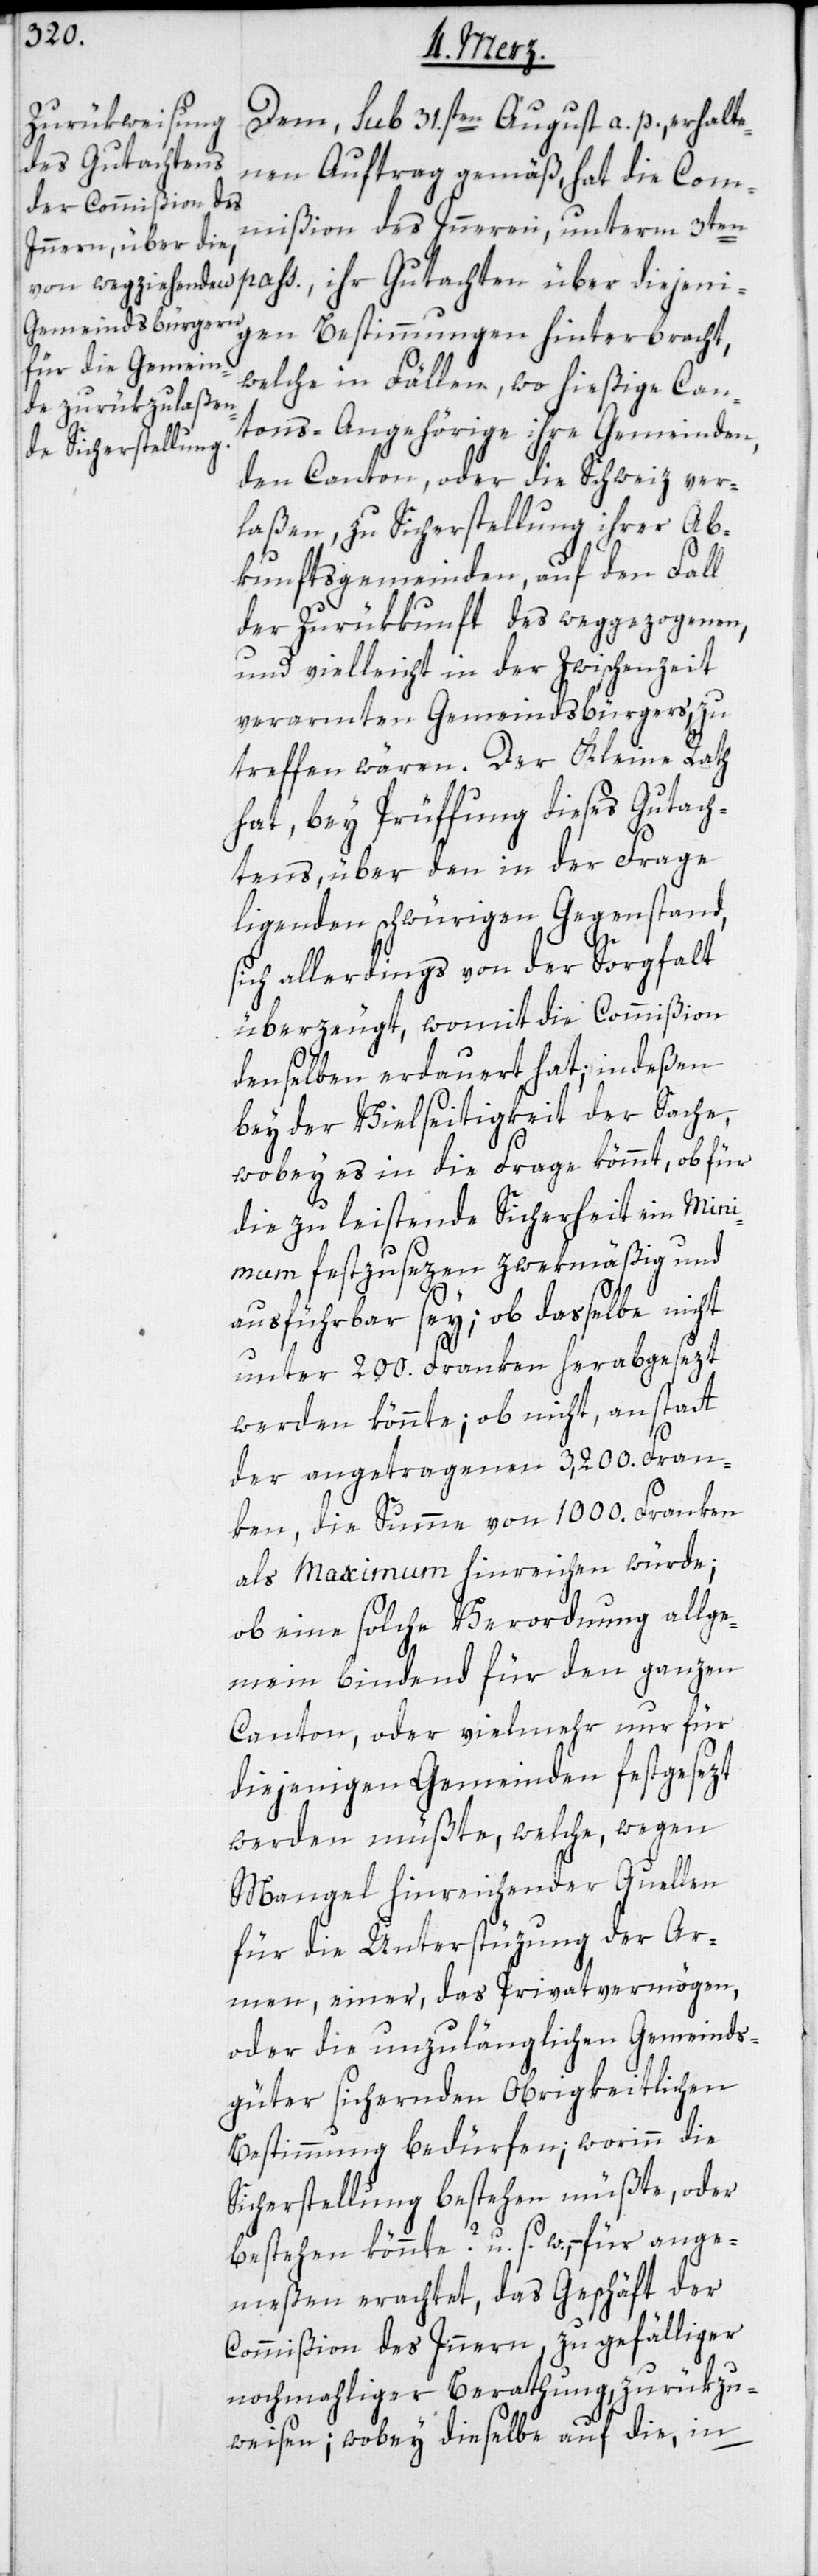
Dem, sub 31.sten August a. p., erhalte¬
nen Auftrag gemäß, hat die Com¬
mißion des Inneren, unterm 3ten
pass., ihr Gutachten über diejeni¬
gen Bestimmungen hinterbracht,
welche in Fällen, wo hießige Can¬
tons-Angehörige ihre Gemeinden,
den Canton, oder die Schweiz ver¬
laßen, zu Sicherstellung ihrer Ab¬
kunftsgemeinden, auf den Fall
der Zurükkunft des weggezogenen,
und vielleicht in der Zwischenzeit
verarmten Gemeindsbürgers, zu
treffen wären. Der Kleine Rath
hat bey Prüffung dieses Gutach¬
tens, über den in der Frage
liegenden schwürigen Gegenstand,
sich allerdings von der Sorgfalt
überzeugt, womit die Commißion
denselben erdauert hat; indeßen
bey der Vielseitigkeit der Sache,
wobey es in die Frage kömmt, ob für
die zu leistende Sicherheit ein Mini¬
mum festzusezen zwekmäßig und
ausführbar sey; ob dasselbe nicht
unter 200. Franken herabgesezt
werden könnte; ob nicht, anstatt
der angetragenen 3,200. Fran¬
ken, die Summe von 1000. Franken
als Maximum hinreichen würde;
ob eine solche Verordnung allge¬
mein bindend für den ganzen
Canton, oder vielmehr nur für
diejenigen Gemeinden festgesezt
werden müßte, welche wegen
Mangel hinreichender Quellen
für die Unterstüzung der Ar¬
men, einer, das Privatvermögen,
oder die unzulänglichen Gemeinds¬
güter sichernden Obrigkeitlichen
Bestimmung bedürfen; worinn die
Sicherstellung bestehen müßte, oder
bestehen könnte? u. s. w. – für ange¬
meßen erachtet, das Geschäft der
Commißion des Inneren, zu gefälliger
nochmahliger Berathung, zurükzu¬
weisen; wobey dieselbe auf die, in